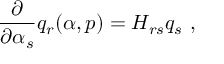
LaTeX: { \frac { \partial } { \partial \alpha _ { s } } } q _ { r } ( \alpha , p ) = H _ { r s } q _ { s } \ ,